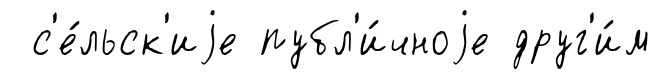
с'е́льск'иjе публ'и́чноjе друг'и́м